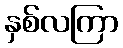
နှစ်လကြာ